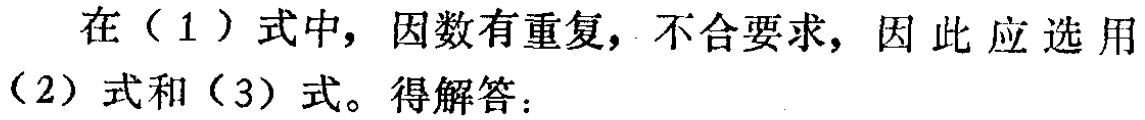
在（1）式中，因数有重复，不合要求，因此应选用（2）式和（3）式。得解答：